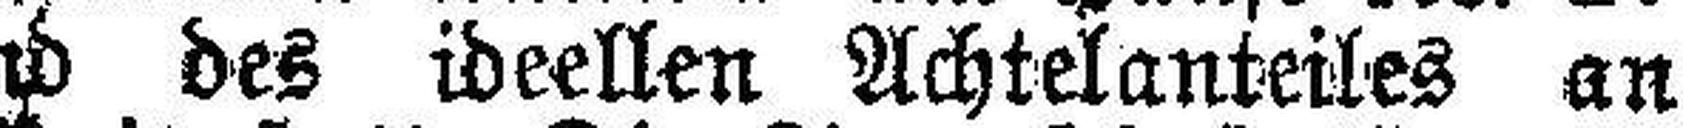
in Untermais, und des ideellen Achtelanteiles an